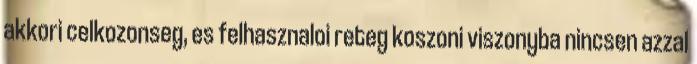
akkori celkozonseg, es felhasznaloi reteg koszoni viszonyba nincsen azzal